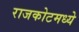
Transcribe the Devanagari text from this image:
राजकोटमध्ये